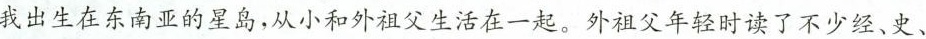
我出生在东南亚的星岛，从小和外祖父生活在一起。外祖父年轻时读了不少经、史、